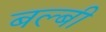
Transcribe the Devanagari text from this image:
बल्बी